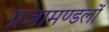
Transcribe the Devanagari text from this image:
प्रजामण्डलों